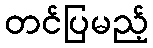
တင်ပြမည့်